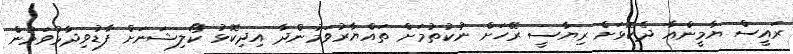
ރައީސް ޔާމީންއާ ދެކޮޅަށް ރިޔާސީ ރޭހަށް ނުކުތުމަށް ތައްޔާރުވަމުންދާ އިދިކޮޅު ކޯލިޝަނަށް ފާޑުވިދާޅުވަމުން